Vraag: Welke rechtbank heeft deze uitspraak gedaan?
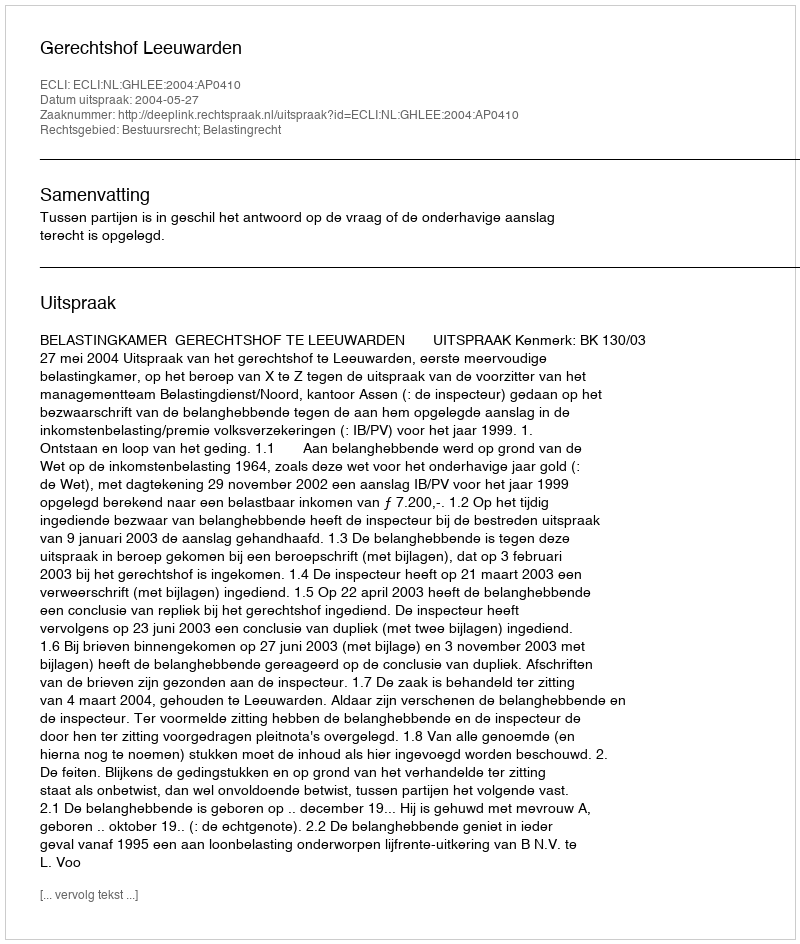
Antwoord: Gerechtshof Leeuwarden